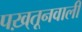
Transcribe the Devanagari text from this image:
पख़्तूनवाली